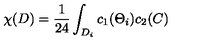
\chi ( D ) = \frac { 1 } { 2 4 } \int _ { D _ { i } } c _ { 1 } ( \Theta _ { i } ) c _ { 2 } ( C )